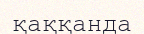
қаққанда